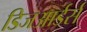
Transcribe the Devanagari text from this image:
डिजआर्डर्स